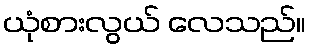
ယုံစားလွယ် လေသည်။